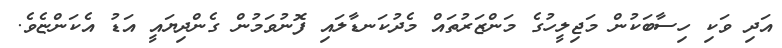
އަދި ވަކި ހިސާބަކުން މަޖިލީހުގެ މަންޒަރުތައް މެދުކަނޑާލައި ފޮނުވަމުން ގެންދިޔައީ އަޑު އެކަންޏެވެ.